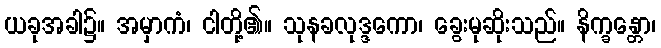
ယခုအခါ၌။ အမှာကံ၊ ငါတို့၏။ သုနခလုဒ္ဒကော၊ ခွေးမုဆိုးသည်။ နိက္ခန္တော၊